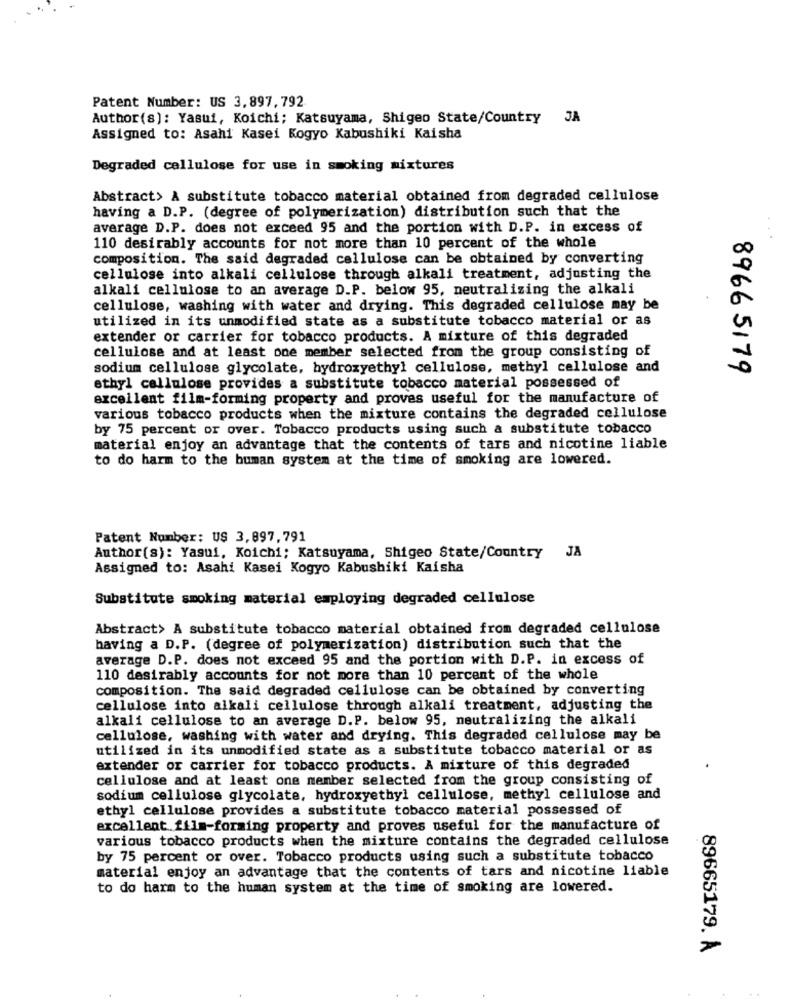
Patent Number: US 3,897, 792
Author(s): Yasui, Koichi; Katsuyama, Shigeo State/Country JA
Assigned to: Asahi Kasei Kogyo Kabushiki Kaisha
Degraded cellulose for use in smoking mixtures
Abstract> A substitute tobacco material obtained from degraded cellulose
having a D.P. (degree of polymerization) distribution such that the
average D.P. does not exceed 95 and the portion with D.P. in excess of
110 desirably accounts for not more than 10 percent of the whole
composition. The said degraded cellulose can be obtained by converting
cellulose into alkali cellulose through alkali treatment, adjusting the
alkali cellulose to an average D.P. below 95, neutralizing the alkali
cellulose, washing with water and drying. This degraded cellulose may be
utilized in its unmodified state as a substitute tobacco material or as
extender or carrier for tobacco products. A mixture of this degraded
cellulose and at least one member selected from the group consisting of
sodium cellulose glycolate, hydroxyethyl cellulose, methyl cellulose and
89665179
ethyl cellulose provides a substitute tobacco material possessed of
excellent film-forming property and proves useful for the manufacture of
various tobacco products when the mixture contains the degraded cellulose
by 75 percent or over. Tobacco products using such a substitute tobacco
material enjoy an advantage that the contents of tars and nicotine liable
to do harm to the human system at the time of smoking are lowered.
Patent Number: US 3,897,791
Author(s): Yasui, Koichi; Katsuyama, Shigeo State/Country JA
Assigned to: Asahi Kasei Kogyo Kabushiki Kaisha
Substitute smoking material employing degraded cellulose
Abstract> A substitute tobacco material obtained from degraded cellulose
having a D.P. (degree of polymerization) distribution such that the
average D.P. does not exceed 95 and the portion with D.P. in excess of
110 desirably accounts for not more than 10 percent of the whole
composition. The said degraded cellulose can be obtained by converting
cellulose into alkali cellulose through alkali treatment, adjusting the
alkali cellulose to an average D.P. below 95, neutralizing the alkali
cellulose, washing with water and drying. This degraded cellulose may be
utilized in its unmodified state as a substitute tobacco material or as
extender or carrier for tobacco products. A mixture of this degraded
cellulose and at least one member selected from the group consisting of
sodium cellulose glycolate, hydroxyethyl cellulose, methyl cellulose and
ethyl cellulose provides a substitute tobacco material possessed of
excellent.film-forming property and proves useful for the manufacture of
various tobacco products when the mixture contains the degraded cellulose
by 75 percent or over. Tobacco products using such a substitute tobacco
material enjoy an advantage that the contents of tars and nicotine liable
to do harm to the human system at the time of smoking are lowered.
89665179. Å